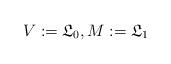
LaTeX: \begin{align*} V:={\mathfrak{L}}_0, M:={\mathfrak{L}}_1\end{align*}